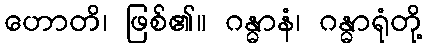
ဟောတိ၊ ဖြစ်၏။ ဂန္ဓာနံ၊ ဂန္ဓာရုံတို့